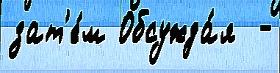
зат'е́м Обсужда́я  -